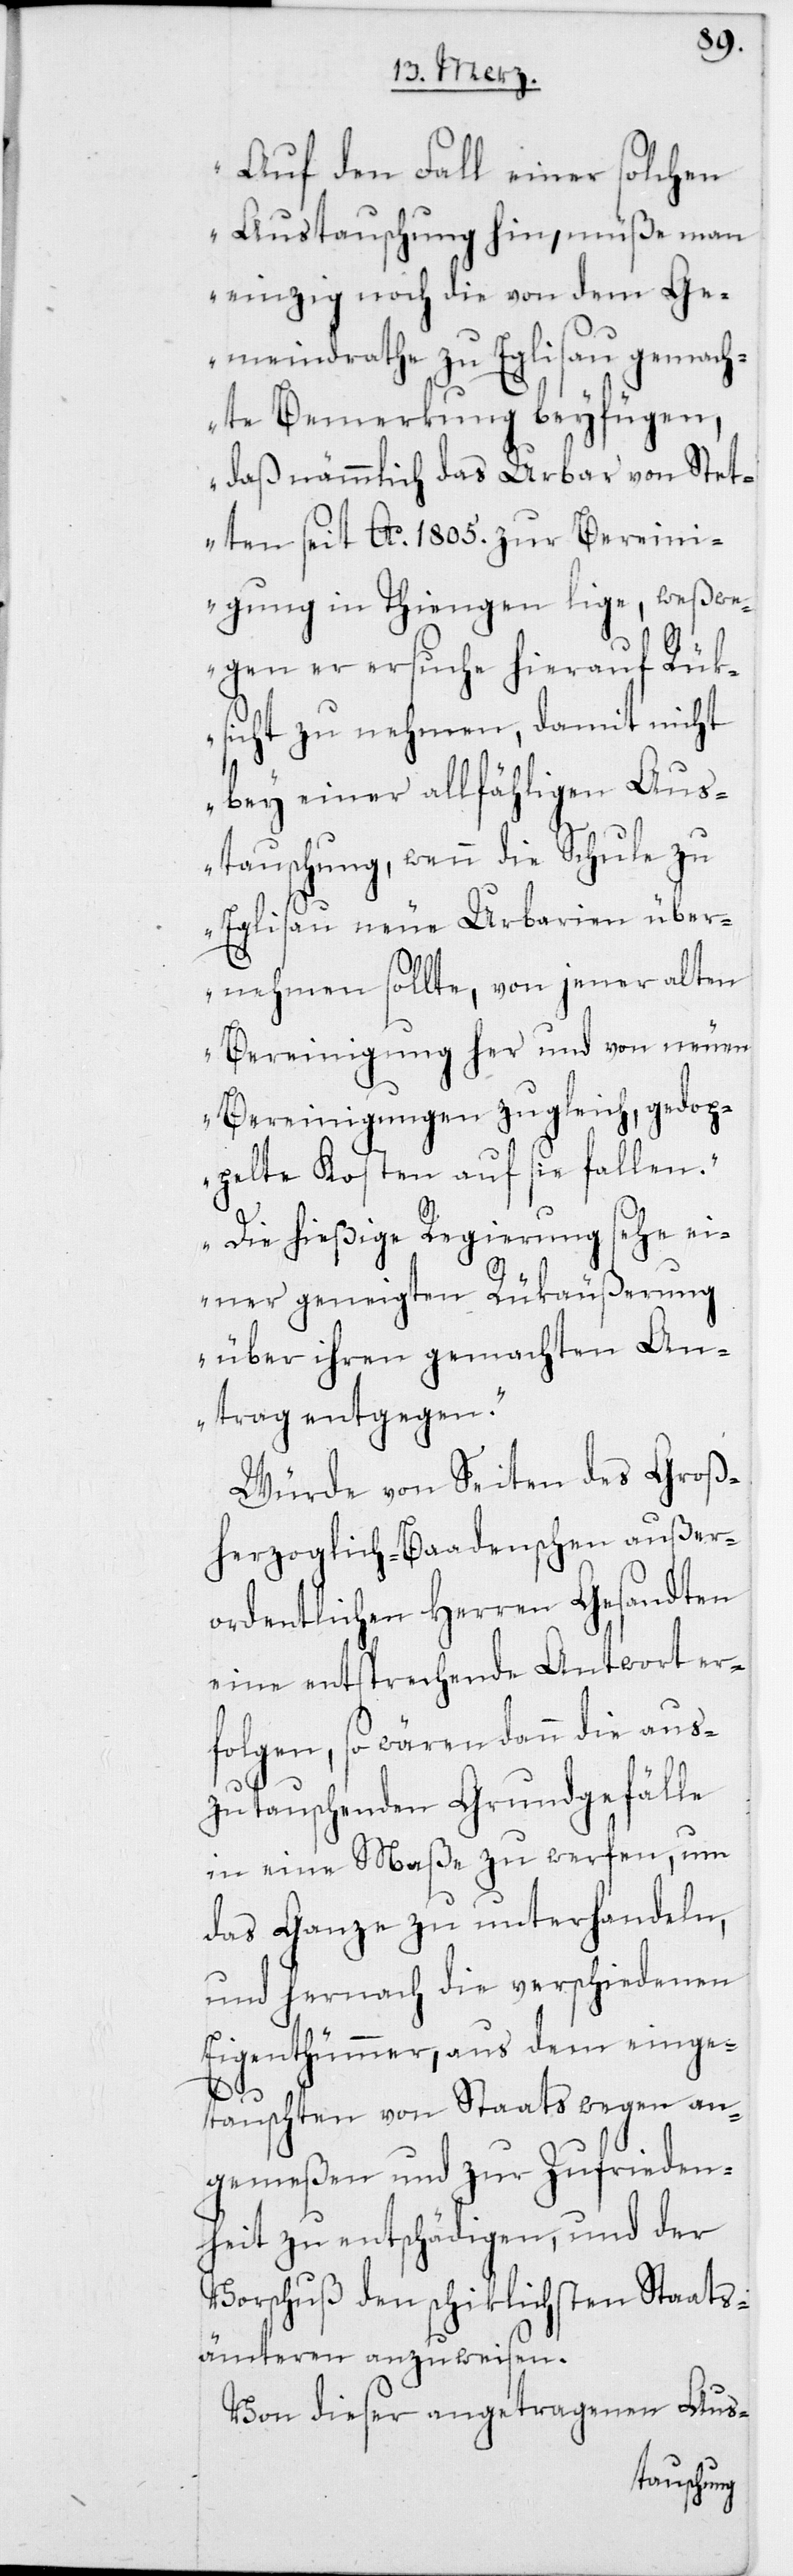
Auf den Fall einer solchen
Austauschung hin, müße man
einzig noch die von dem Ge¬
meindrathe zu Eglisau gemach¬
te Bemerkung beyfügen,
daß nämmlich das Urbar von Stet¬
ten seit Ao. 1805. zur Berein¬
igung in Thiengen lige, weßwe¬
gen er ersuche hierauf Rük¬
sicht zu nehmen, damit nicht
bey einer allfähligen Aus¬
tauschung, wenn die Schule zu
Eglisau neue Urbarien über¬
nehmen sollte, von jener alten
Bereinigung her und von neuen
Bereinigungen zugleich, gedop¬
pelte Kosten auf sie fallen.
Die hießige Regierung sehe ei¬
ner geneigten Rükäußerung
über ihren gemachten An¬
trag entgegen.“
Würde von Seiten des Groß¬
herzoglich-Baadenschen außer¬
ordentlichen Herren Gesandten
eine entsprechende Antwort er¬
folgen, so wären dann die aus¬
zutauschenden Grundgefälle
in eine Maße zu werfen, um
das Ganze zu unterhandeln,
und hernach die verschiedenen
Eigenthümmer, aus dem einge¬
tauschten von Staats wegen an¬
gemeßen und zur Zufrieden¬
heit zu entschädigen, und der
Vorschuß den schiklichsten Staats¬
ämteren anzuweisen.
Von dieser angetragenen Aus-